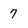
Character: 7